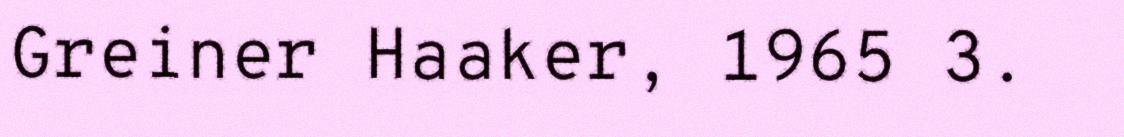
Greiner Haaker, 1965 3.